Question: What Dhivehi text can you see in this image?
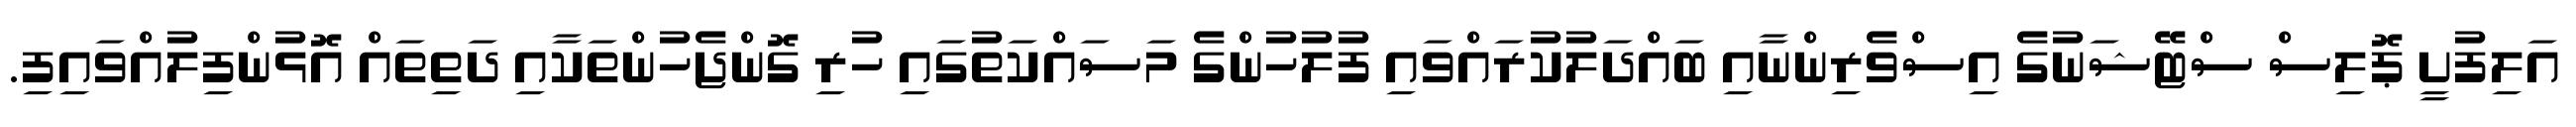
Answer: އަލިފުށީ ޕޮލިސް ސްޓޭޝަނުގެ އިސްވެރިންނާއި ބައްދަލުކުރައްވައި ފުލުހުންގެ މަސައްކަތުގައި ހުރި ގޮންޖެހުންތަކާއި ދަތިތައް އޮޅުންފިލުއްވައިފި.